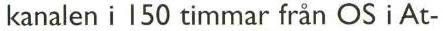
kanalen i 150 timmar från OS i At-